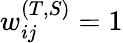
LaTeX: w_{ij}^{(T,S)}=1